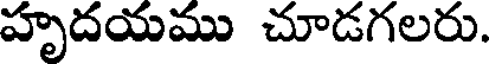
హృదయము చూడగలరు.